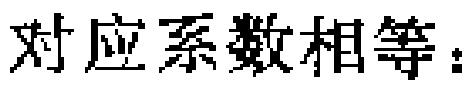
对应系数相等：